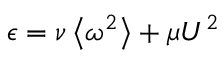
\epsilon = \nu \left\langle \omega ^ { 2 } \right\rangle + \mu U ^ { 2 }